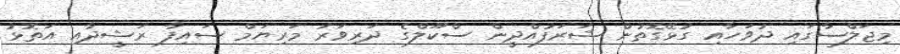
މިޖަލްސާގައި ދުވަހާއި ގުޅޭގޮތުން ޝަރަފުއްދީން ސްކޫލްގެ ދަރިވަރު މަރިޔަމް ސައިފާ ރަޝީދާއި އަތޮޅު